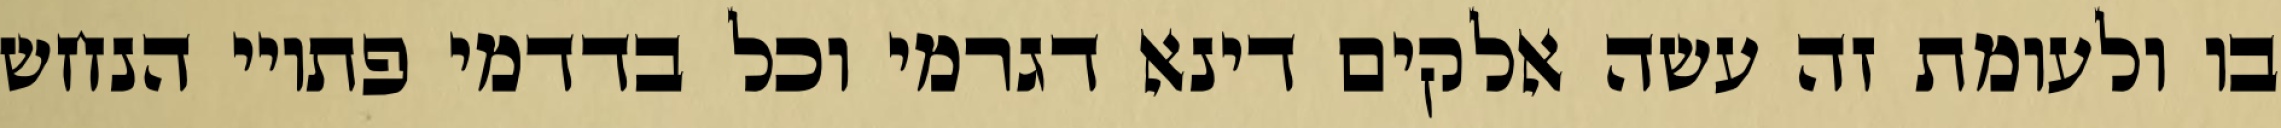
בו ולעומת זה עשה אלקים דינא דגרמי וכל בדדמי פתויי הנחש